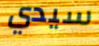
سيدي